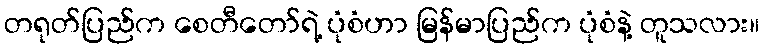
တရုတ်ပြည်က စေတီတော်ရဲ့ ပုံစံဟာ မြန်မာပြည်က ပုံစံနဲ့ တူသလား။